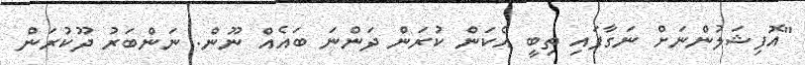
"އޮފިޝަލުންނަށް ނަގާފައި ތިބީ އެކަން ކުރަން ދަންނަ ބައެއް ނޫން. ނަންބަރު ދޫކުރަން